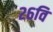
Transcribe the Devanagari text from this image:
२६वि